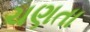
ચણતા